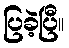
ပြခဲ့ပြီ။